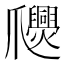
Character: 𤕉